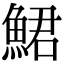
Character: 鮶